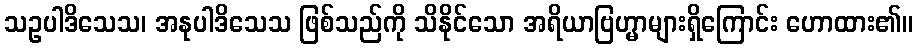
သဥပါဒိသေသ၊ အနုပါဒိသေသ ဖြစ်သည်ကို သိနိုင်သော အရိယာဗြဟ္မာများရှိကြောင်း ဟောထား၏။